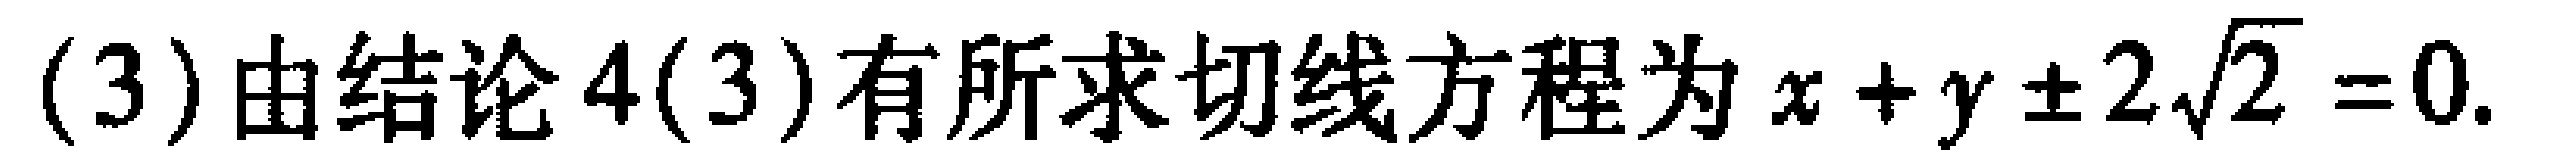
(3) 由结论 4(3) 有所求切线方程为 \(x + y \pm 2\sqrt{2} = 0\).